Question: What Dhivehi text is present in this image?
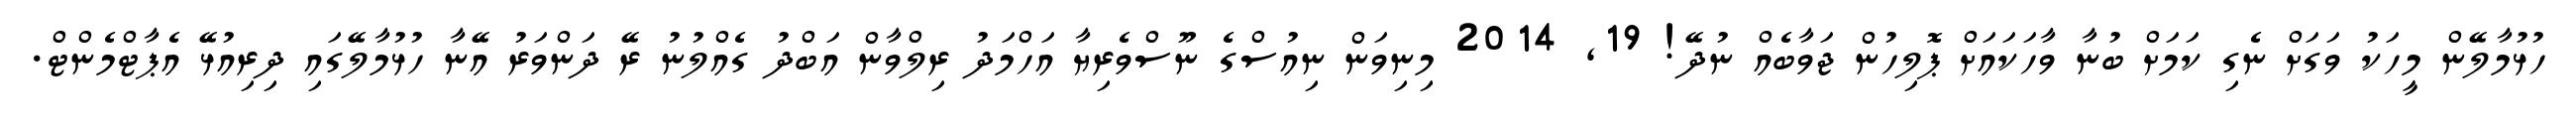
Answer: ހުޅުމާލޭން މީހަކު ވަގަށް ނެގި ކަމަށް ބުނާ ވާހަކައަށް ޕޮލިހުން ޖަވާބެއް ނުދޭ! 19, 2014 މިނިވަން ނިއުސްގެ ނޫސްވެރިޔާ އަހްމަދު ރިލްވާން އަބްދު ގެއްލުނު ރޭ ދަންވަރު އޭނާ ހުޅުމާލޭގައި ދިރިއުޅޭ އެޕާޓްމެންޓް.